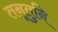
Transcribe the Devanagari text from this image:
तनूतुनि